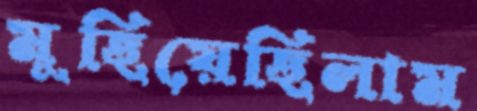
মুছিয়েছিলাম